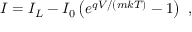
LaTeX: I = I _ { L } - I _ { 0 } \left( e ^ { q V / ( m k T ) } - 1 \right) \ ,